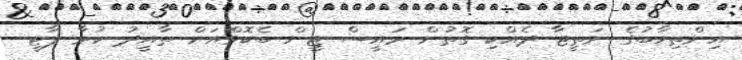
އިންތިހާބުގެ ނަތީޖާ ދެއްކި ގޮތުން ރައީސް ޖީން ބެކޮވްއަށް ތާއީދު ކުރާ ޕާޓީ